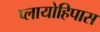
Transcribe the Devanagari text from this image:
प्लायोहिपास